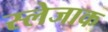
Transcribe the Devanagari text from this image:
स्लेजाक